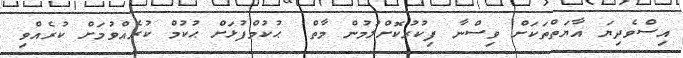
އިސްވެދިޔަ އާޔަތްތަކަށް ވިސްނާ ފިކުރުކޮށްލުމުން މާތް  ޙުކުމްފުޅަށް ޙުކުމް ކުރެއްވުމަށް ކުރެއްވި